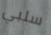
سلبي